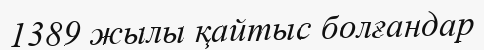
1389 жылы қайтыс болғандар